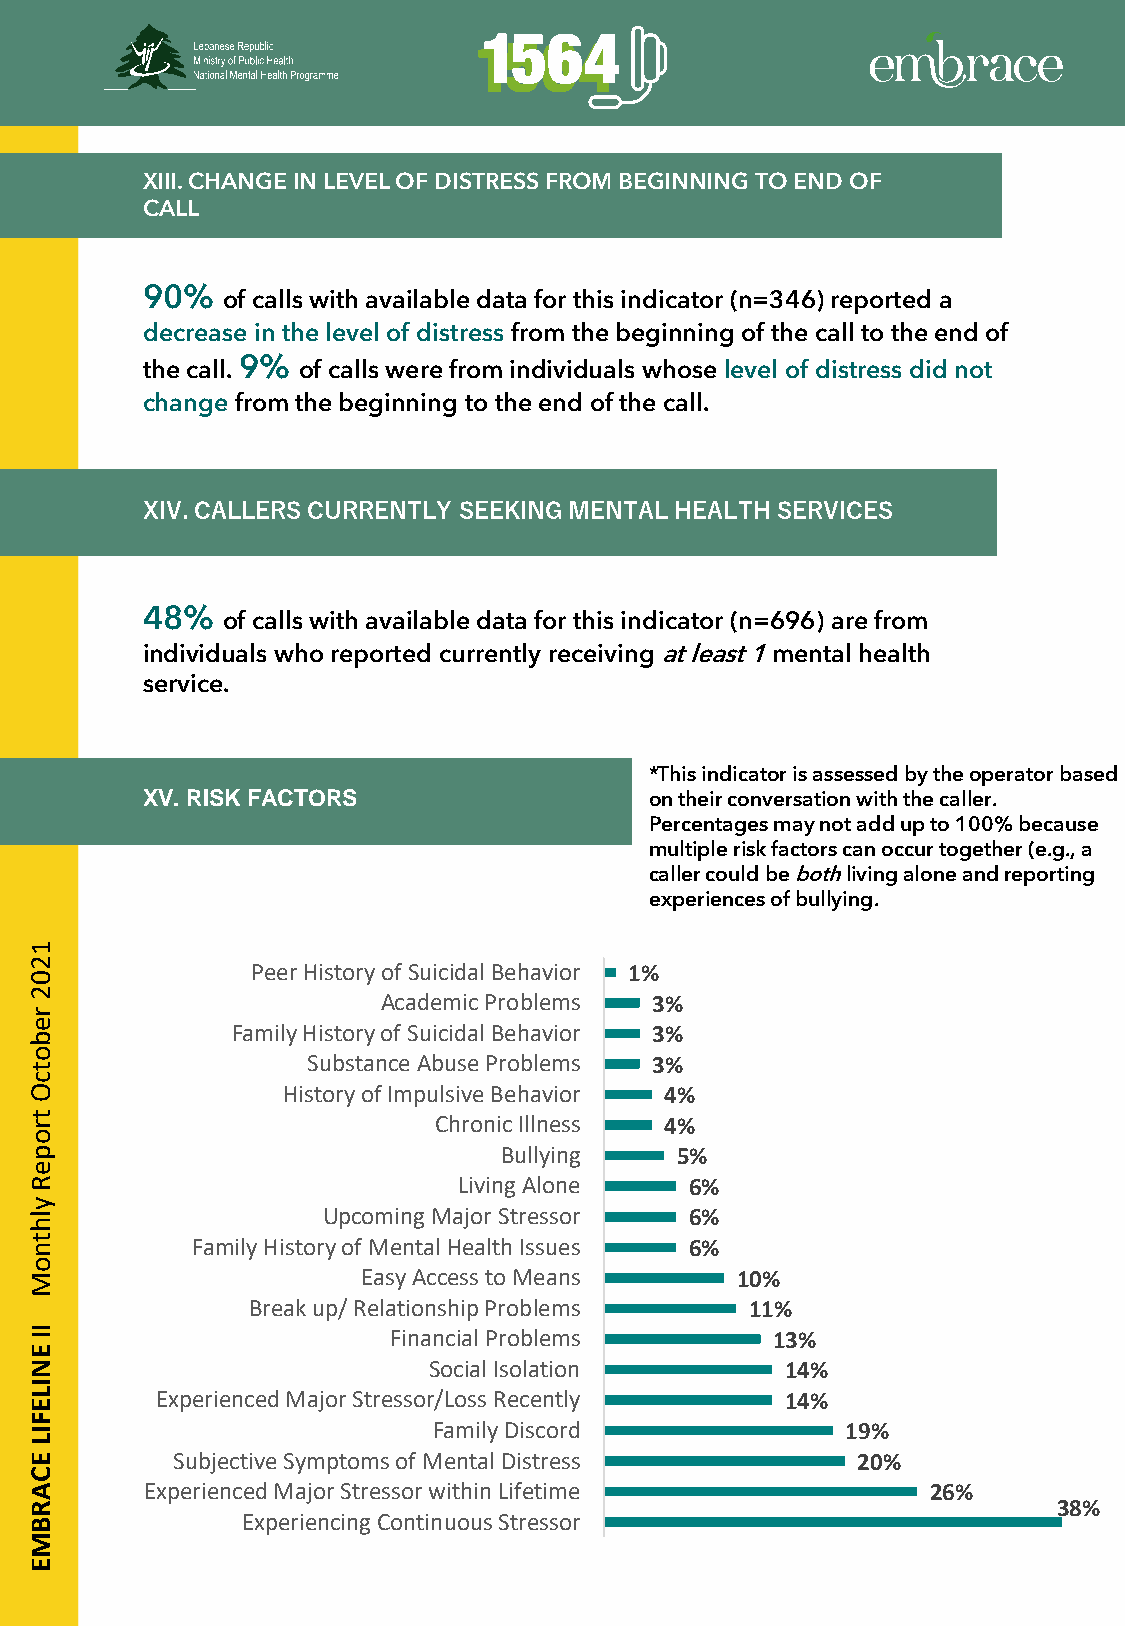
XIII. CHANGE IN LEVEL OF DISTRESS FROM BEGINNING TO END OF
 CALL
 90%   of calls with available data for this indicator (n=346) reported a
 decrease in the level of distress from the beginning of the call to the end of
 the call. 9% of calls were from individuals whose level of distress did not
 change from the beginning to the end of the call.
 XIV. CALLERS CURRENTLY SEEKING MENTAL HEALTH SERVICES
 48%   of calls with available data for this indicator (n=696) are from
 individuals who reported currently receiving at least 1mental health
 service.
 *This indicator is assessed by the operator based
 XV. RISK FACTORS                  on their conversation with the caller.
 Percentages maynot add up to 100% because
 multiple risk factors can occur together (e.g., a
 caller could be bothliving alone and reporting
 experiences of bullying.
 1
 2              Peer History of Suicidal Behavior 1%
 0
 2
 Academic Problems 3%
 r
 e            Family History of Suicidal Behavior 3%
 b
 o
 Substance Abuse Problems 3%
 t
 c
 O                History of Impulsive Behavior 4%
 t r                        Chronic Illness 4%
 o
 p                              Bullying    5%
 e
 R                           Living Alone    6%
 y
 l                  Upcoming Major Stressor  6%
 h
 t n        Family History of Mental Health Issues 6%
 o
 M                     Easy Access to Means     10%
 Break up/ Relationship Problems   11%
 I I                     Financial Problems       13%
 E
 N                         Social Isolation        14%
 I
 L       Experienced Major Stressor/Loss Recently  14%
 E
 F
 I                          Family Discord             19%
 L
 E        Subjective Symptoms of Mental Distress        20%
 C
 A       Experienced Major Stressor within Lifetime          26%
 R                                                                   38%
 B             Experiencing Continuous Stressor
 M
 E